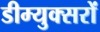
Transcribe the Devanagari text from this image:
डीम्युक्सरों